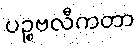
ပဉ္စဗလီကတာ